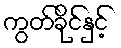
ကွတ်ခိုင်နှင့်